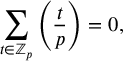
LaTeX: \sum _ { t \in \mathbb { Z } _ { p } } \left( { \frac { t } { p } } \right) = 0 ,